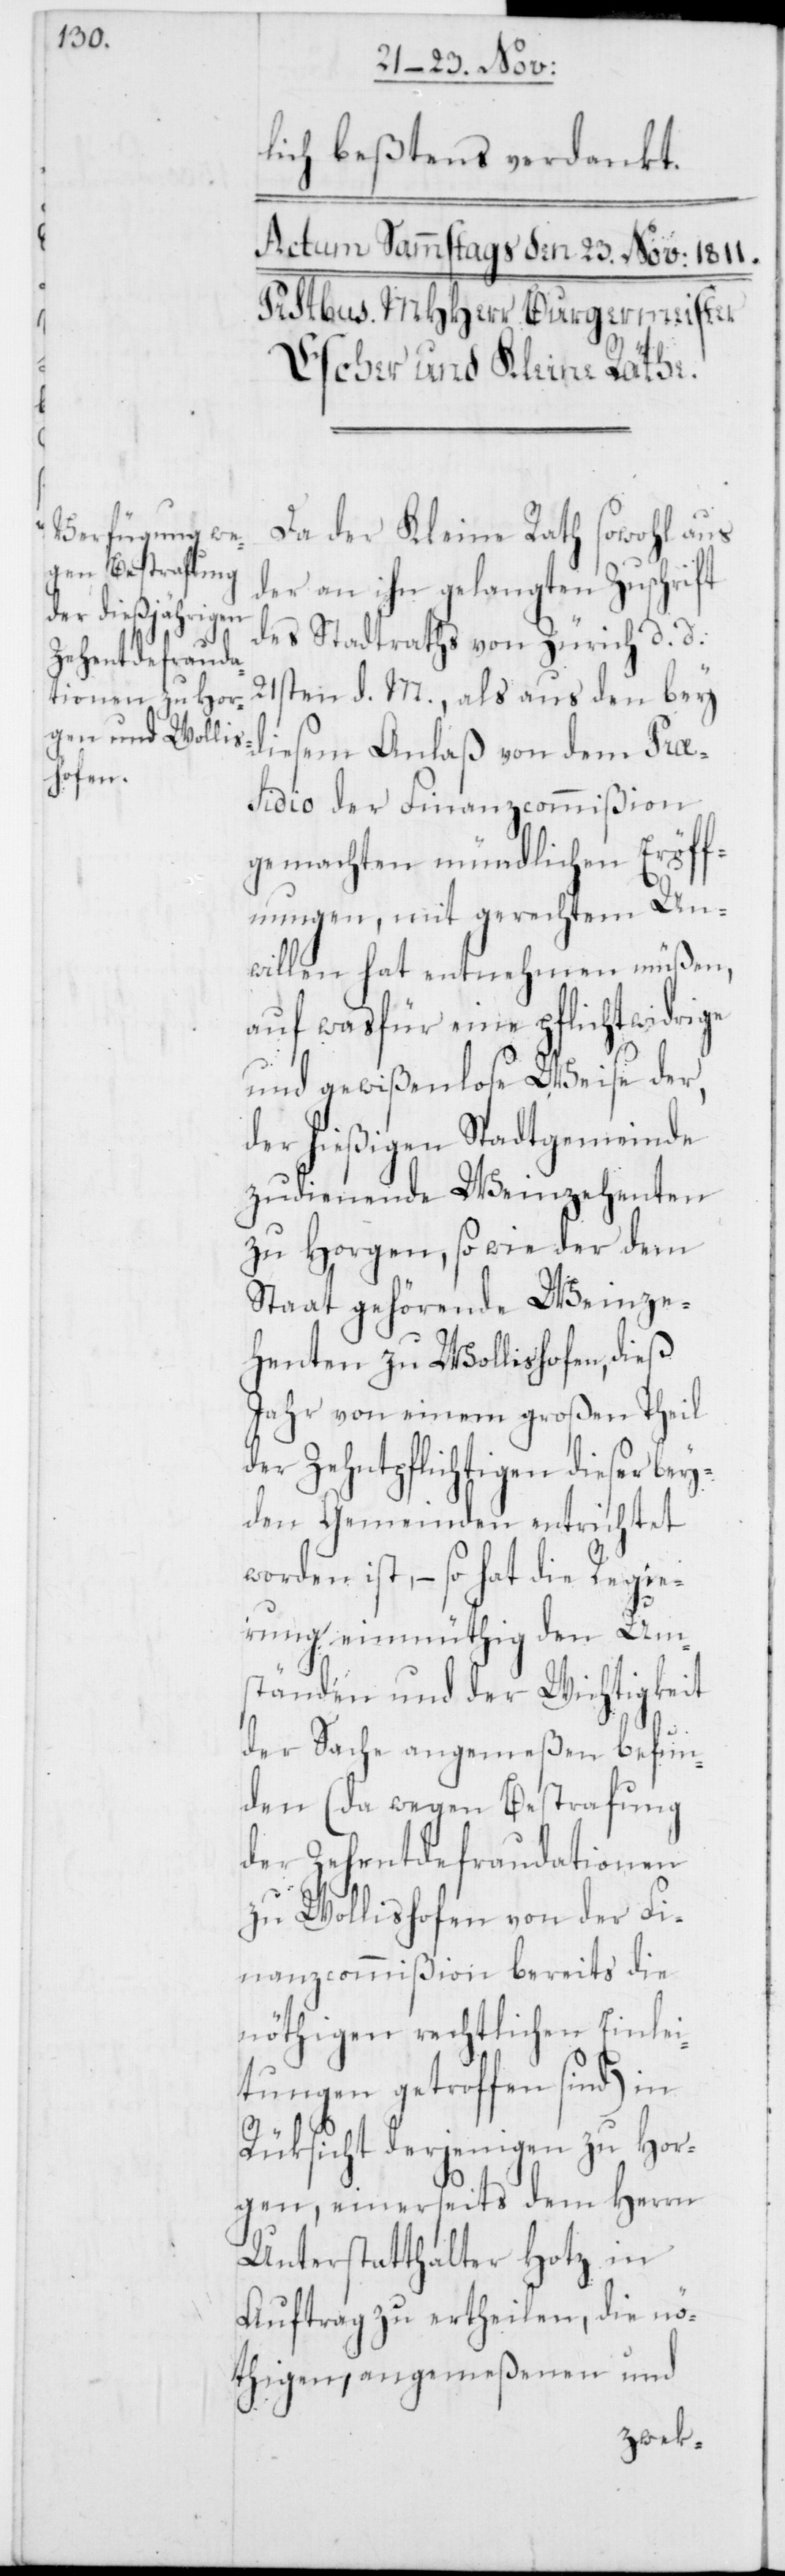
lich beßtens verdankt.
Da der Kleine Rath sowohl aus
der an ihn gelangten Zuschrift
des Stadtraths von Zürich d. d.
21sten d. M., als aus den bey
diesem Anlaß von dem Pra¬
esidio der Finanzcommißion
gemachten mündlichen Eröff¬
nungen, mit gerechtem Un¬
willen hat entnehmen müßen,
auf was für eine pflichwidrige
und gewißenlose Weise der,
der hießigen Stadtgemeinde
zudienende Weinzehenten
zu Horgen, so wie der dem
Staat gehördene Weinze¬
henten zu Wollishofen, dieß
Jahr von einem großen Theil
der Zehentpflichtigen dieser bey¬
den Gemeinden entrichtet
worden ist, – so hat die Regie¬
rung einmüthig den Um¬
ständen und der Wichtigkeit
der Sache angemeßen befun¬
den (da wegen Bestrafung
der Zehentdefraudationen
zu Wollishofen von der Fi¬
nanzcommißion bereits die
nöthigen rechtlichen Einlei¬
tungen getroffen sind) in
Rüksicht derjenigen zu Hor¬
gen, einerseits dem Herrn
Unterstatthalter Hotz in
Auftrag zu ertheilen, die nö¬
thigen, angemeßenen und